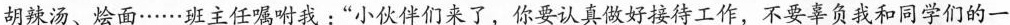
胡辣汤、烩面……班主任嘱咐我：”小伙伴们来了，你要认真做好接待工作，不要辜负我和同学们的一